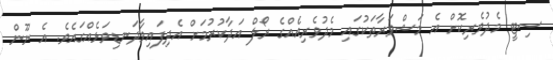
ސިޓީ މެދުވެރިކޮށް އެ މަޝްވަރާތަކުގައި މެދުވެރިއެއްގެ ރޯލް އަދާކުރުމަށް އެދިފަައިވާދަނޑިވަޅެއްގައެވެ. އެ ނޫން